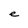
Character: e